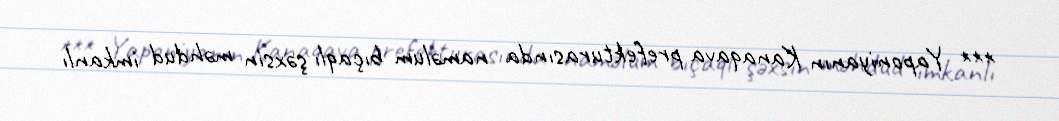
*** Yaponiyanın Kanaqava prefekturasında naməlum bıçaqlı şəxsin məhdud imkanlı